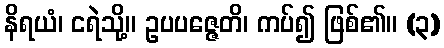
နိရယံ၊ ငရဲသို့။ ဥပပဇ္ဇေတိ၊ ကပ်၍ ဖြစ်၏။ (၃)